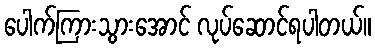
ပေါက်ကြားသွားအောင် လုပ်ဆောင်ရပါတယ်။